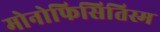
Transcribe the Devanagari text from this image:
मोनोफिसितिस्म